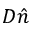
D \hat { n }